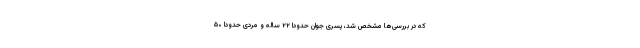
که در بررسی‌ها مشخص شد، پسری جوان حدوداً ۲۲ ساله و مردی حدوداً ۵۰